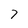
Character: 7